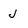
Character: j